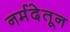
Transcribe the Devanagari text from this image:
नर्मदेतून